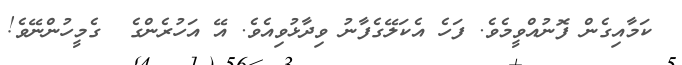
ކަމާއިގެން ފޮނުއްވީމެވެ. ފަހެ އެކަލޭގެފާނު ވިދާޅުވިއެވެ. އޭ އަހުރެންގެ  ގެމީހުންނޭވެ!